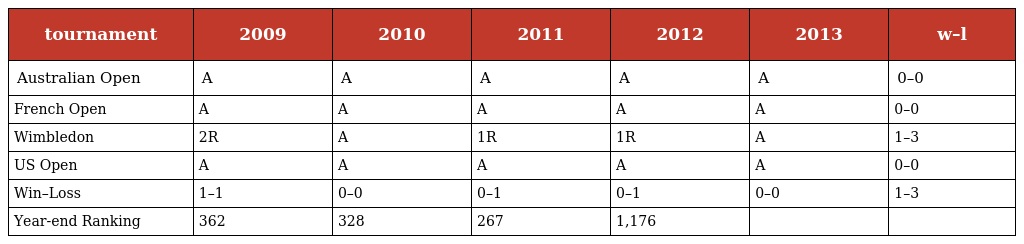
| tournament | 2009 | 2010 | 2011 | 2012 | 2013 | w–l |
 | --- | --- | --- | --- | --- | --- | --- |
 | Australian Open | A | A | A | A | A | 0–0 |
 | French Open | A | A | A | A | A | 0–0 |
 | Wimbledon | 2R | A | 1R | 1R | A | 1–3 |
 | US Open | A | A | A | A | A | 0–0 |
 | Win–Loss | 1–1 | 0–0 | 0–1 | 0–1 | 0–0 | 1–3 |
 | Year-end Ranking | 362 | 328 | 267 | 1,176 |  |  |